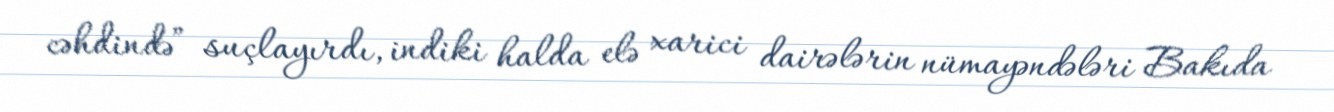
cəhdində” suçlayırdı, indiki halda elə xarici dairələrin nümayəndələri Bakıda